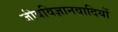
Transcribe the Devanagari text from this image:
जीवविज्ञानवादियों